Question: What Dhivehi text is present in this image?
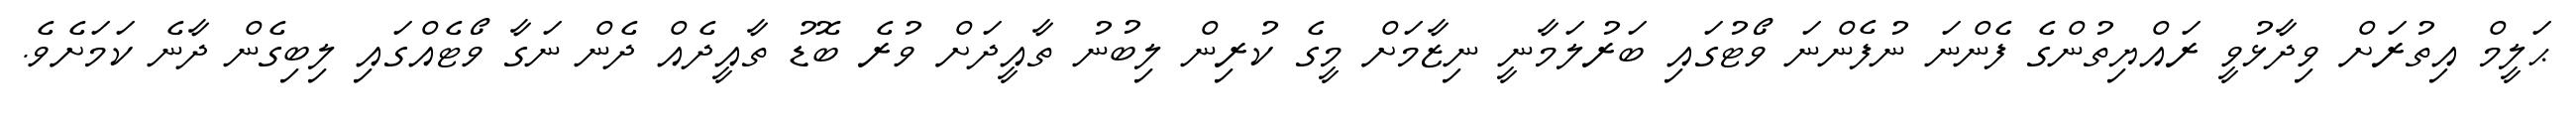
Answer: ޙަލީމް އިތުރަށް ވިދާޅުވީ ރައްޔިތުންގެ ފެންނަ ނުފެންނަ ވޯޓުގައި ބަރުލަމާނީ ނިޒާމަށް މީގެ ކުރިން ލިބުނު ތާއީދަށް ވުރެ ބޮޑު ތާއީދެއް ދެން ނަގާ ވޯޓެއްގައި ލިބިގެން ދާނެ ކަމަށެވެ.